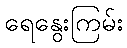
ရေနွေးကြမ်း